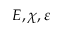
E , \chi , \varepsilon